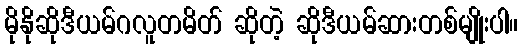
မိုနိုဆိုဒီယမ်ဂလူတမိတ် ဆိုတဲ့ ဆိုဒီယမ်ဆားတစ်မျိုးပါ။